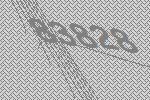
83828